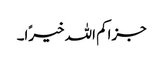
جزاکم اللہ خیرًا۔